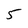
Character: 5